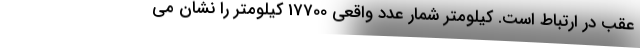
عقب در ارتباط است. کیلومتر شمار عدد واقعی 17700 کیلومتر را نشان می